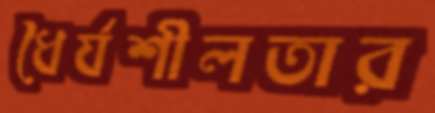
ধৈর্যশীলতার